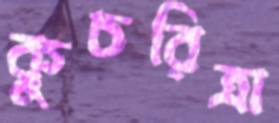
কুচরিত্রা